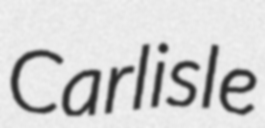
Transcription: Carlisle